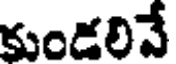
కుండలినే